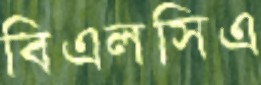
বিএলসিএ